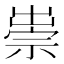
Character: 𥚢